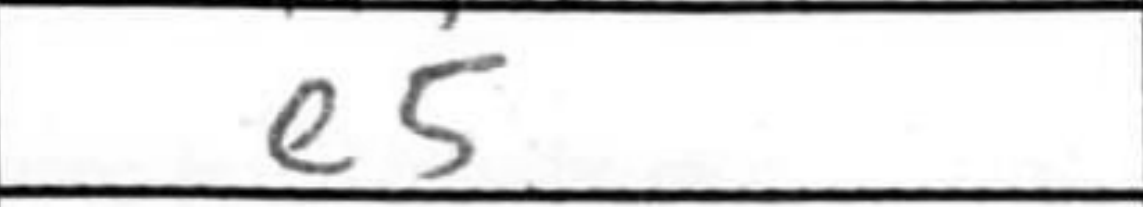
Transcription: e5